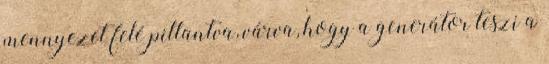
mennyezet felé pillantva, várva, hogy a generátor teszi a